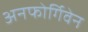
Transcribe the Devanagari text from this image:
अनफोर्गिवेन